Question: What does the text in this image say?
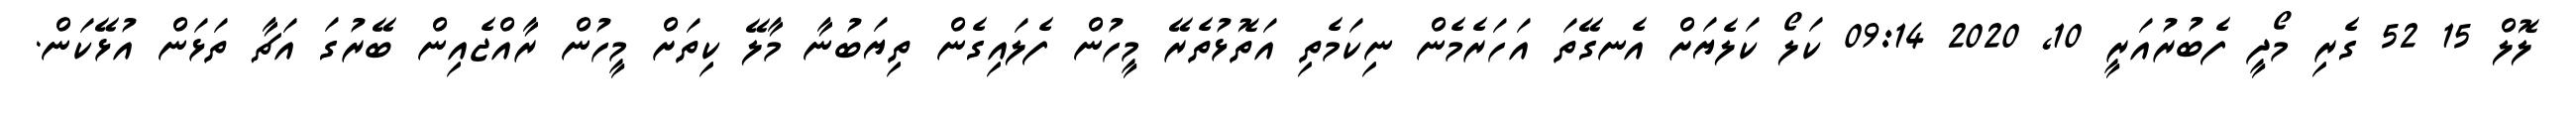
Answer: ލޮލް 15 52 ގެރި މޯދީ ފެބުރުއަރީ 10, 2020 09:14 ކަލޯ ކަލެޔަށް އެނގޭތަ އަހަރެމެން ނިކަމެތި އަތޮޅުތެރޭ މީހުން ފެލައިގެން ތިޔަބުނާ މާލޭ ކިތަށް މީހުން ރާއްޖެއިން ބޭރުގަ އަޗާ ތަޅަން އުޅޭކަން.